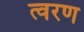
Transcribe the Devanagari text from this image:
त्‍वरण